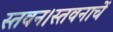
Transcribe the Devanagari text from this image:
स्तवन।स्तवनाचें